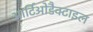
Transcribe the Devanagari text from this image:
आर्टिओडैक्टाइल